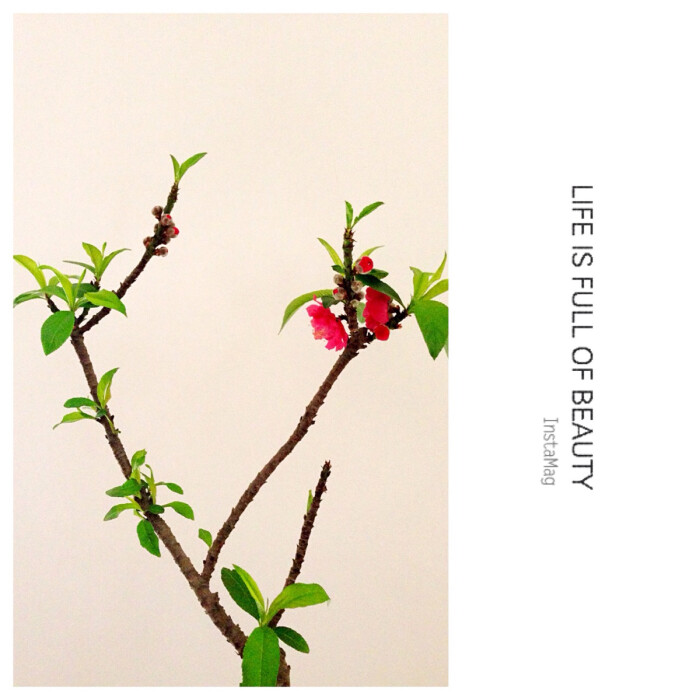
烟开兰叶香风暖，岸夹桃花锦浪生。